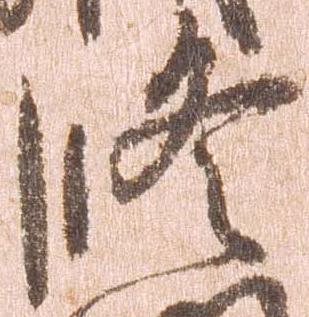
修